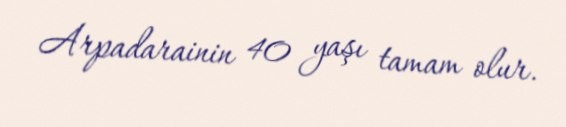
Arpadarainin 40 yaşı tamam olur.